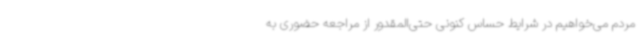
مردم می‌خواهیم در شرایط حساس کنونی حتی‌المقدور از مراجعه حضوری به